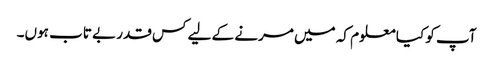
آپ کو کیا معلوم کہ میں مرنے کے لیے کس قدر بے تاب ہوں۔